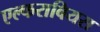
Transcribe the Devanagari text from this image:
एल्फराबियस